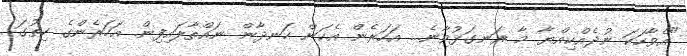
"އެވާހަކަ ނުދެއްކިއްޔާ މާ ރަނގަޅުވާނެ... އަހަރެން އެކަން ހަނދާން ނައްތާލައިފިން. އަހަރެންގެ ހިތުގަ